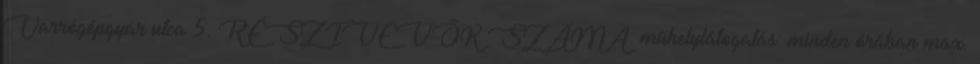
Varrógépgyár utca 5. RÉSZTVEVŐK SZÁMA: műhelylátogatás: minden órában max.